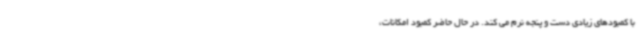
با کمبودهای زیادی دست و پنجه نرم می کند. در حال حاضر کمبود امکانات،